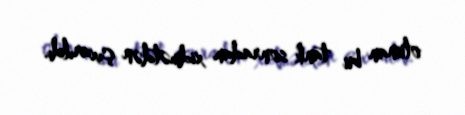
olunan bu tank sonradan xidmətdən çıxarıldı.